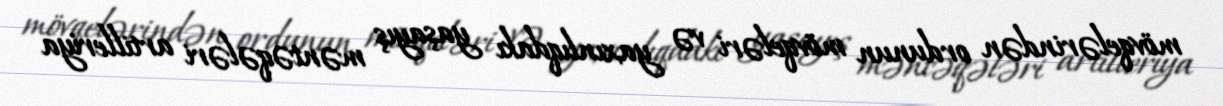
mövqelərindən ordunun mövqeləri və yaxınlıqdakı yaşayış məntəqələri artilleriya